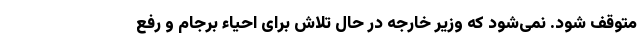
متوقف شود. نمی‌شود که وزیر خارجه در حال تلاش برای احیاء برجام و رفع